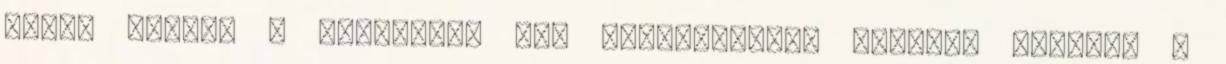
okoz. Növeli a messenger RNS szintézisét, ezáltal fokozza a